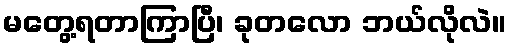
မတွေ့ရတာကြာပြီ၊ ခုတလော ဘယ်လိုလဲ။